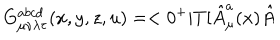
LaTeX: G _ { \mu \nu \lambda \tau } ^ { a b c d } ( x , y , z , u ) = < 0 ^ { + } | T [ \hat { A } _ { \mu } ^ { a } ( x ) \hat { A }